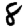
Digit: 8